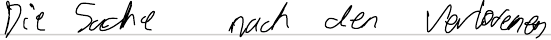
Die Suche nach den Verlorenen